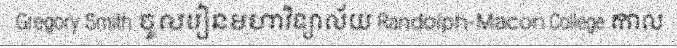
Gregory Smith ចូលរៀនមហាវិទ្យាល័យ Randolph-Macon College កាល